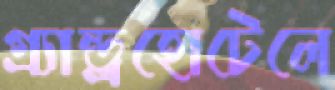
গ্র্যান্ড্রহোটেলে